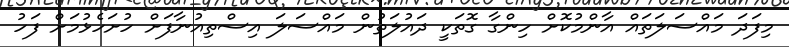
މިފަދަ މައްސަލަތައް އާންމުކޮށް ހިންގާ ގޮތަކީ ދައުލަތުން މައްސަލަ އިސްތިއުނާފަށް ހުށަހެޅުމަށް ފަހު